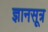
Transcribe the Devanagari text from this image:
ज्ञानसूत्र